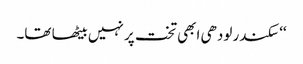
‘‘ سکندر لودھی ابھی تخت پر نہیں بیٹھا تھا۔